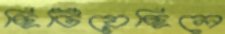
ছিটিয়েছিলে